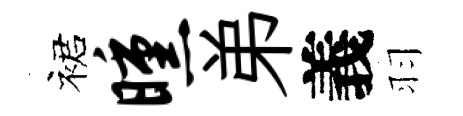
裙曛弟義羽